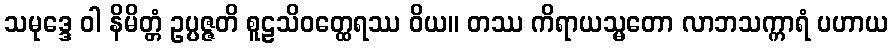
သမုဒ္ဒေ ဝါ နိမိတ္တံ ဥပ္ပဇ္ဇတိ စူဠသိဝတ္ထေရဿ ဝိယ။ တဿ ကိရာယသ္မတော လာဘသက္ကာရံ ပဟာယ